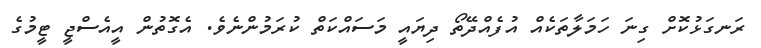
ރަނގަޅުކޮށް ގިނަ ހަމަލާތަކެއް އުފެއްދޭތޯ ދިޔައީ މަސައްކަތް ކުރަމުންނެވެ. އެގޮތުން އީއެސްޖީ ޓީމުގެ